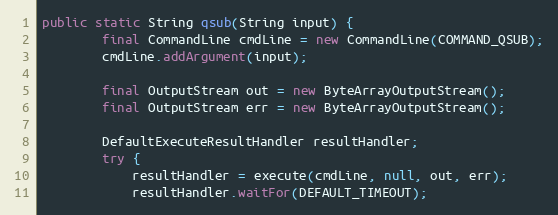
Language: Java
public static String qsub(String input) {
        final CommandLine cmdLine = new CommandLine(COMMAND_QSUB);
        cmdLine.addArgument(input);

        final OutputStream out = new ByteArrayOutputStream();
        final OutputStream err = new ByteArrayOutputStream();

        DefaultExecuteResultHandler resultHandler;
        try {
            resultHandler = execute(cmdLine, null, out, err);
            resultHandler.waitFor(DEFAULT_TIMEOUT);